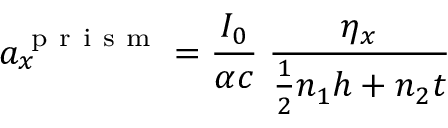
a _ { x } ^ { \mathrm { ~ p ~ r ~ i ~ s ~ m ~ } } = \frac { I _ { 0 } } { \alpha c } \; \frac { \eta _ { x } } { \frac { 1 } { 2 } n _ { 1 } h + n _ { 2 } t }